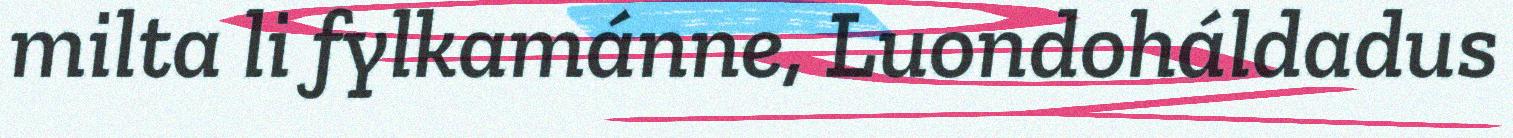
milta li fylkamánne, Luondoháldadus